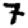
Digit: 7